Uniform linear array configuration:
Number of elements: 32
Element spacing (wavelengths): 0.25
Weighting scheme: uniform
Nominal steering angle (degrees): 30
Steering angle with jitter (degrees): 29.59
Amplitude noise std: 0.05
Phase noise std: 0.05

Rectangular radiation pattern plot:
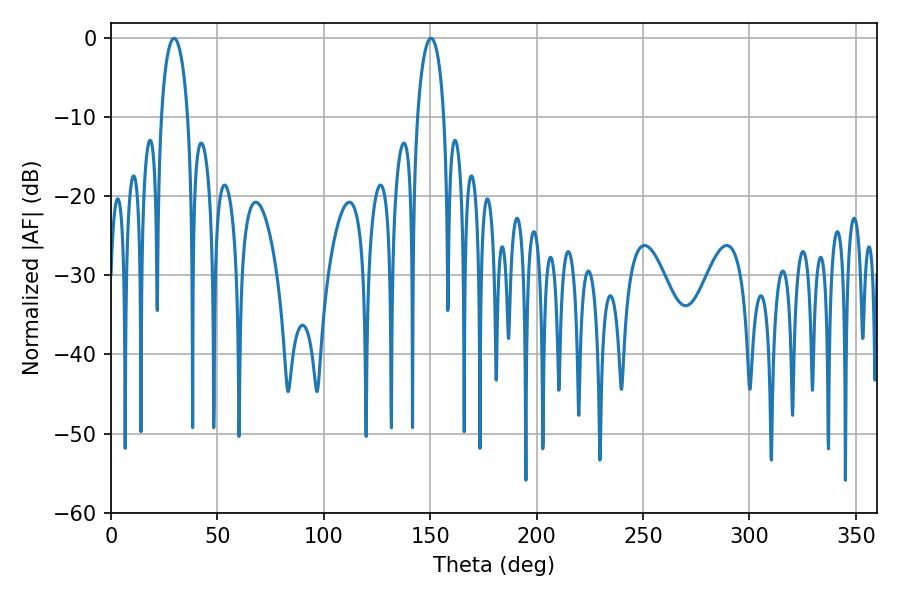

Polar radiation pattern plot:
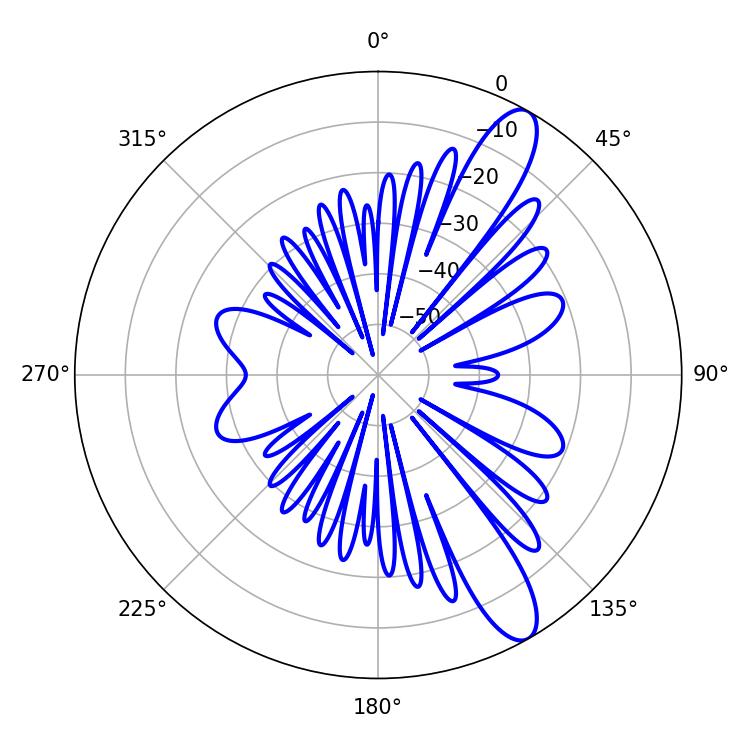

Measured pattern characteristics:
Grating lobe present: FALSE
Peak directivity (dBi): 11.532
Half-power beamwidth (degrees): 7.2
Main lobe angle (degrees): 29.7